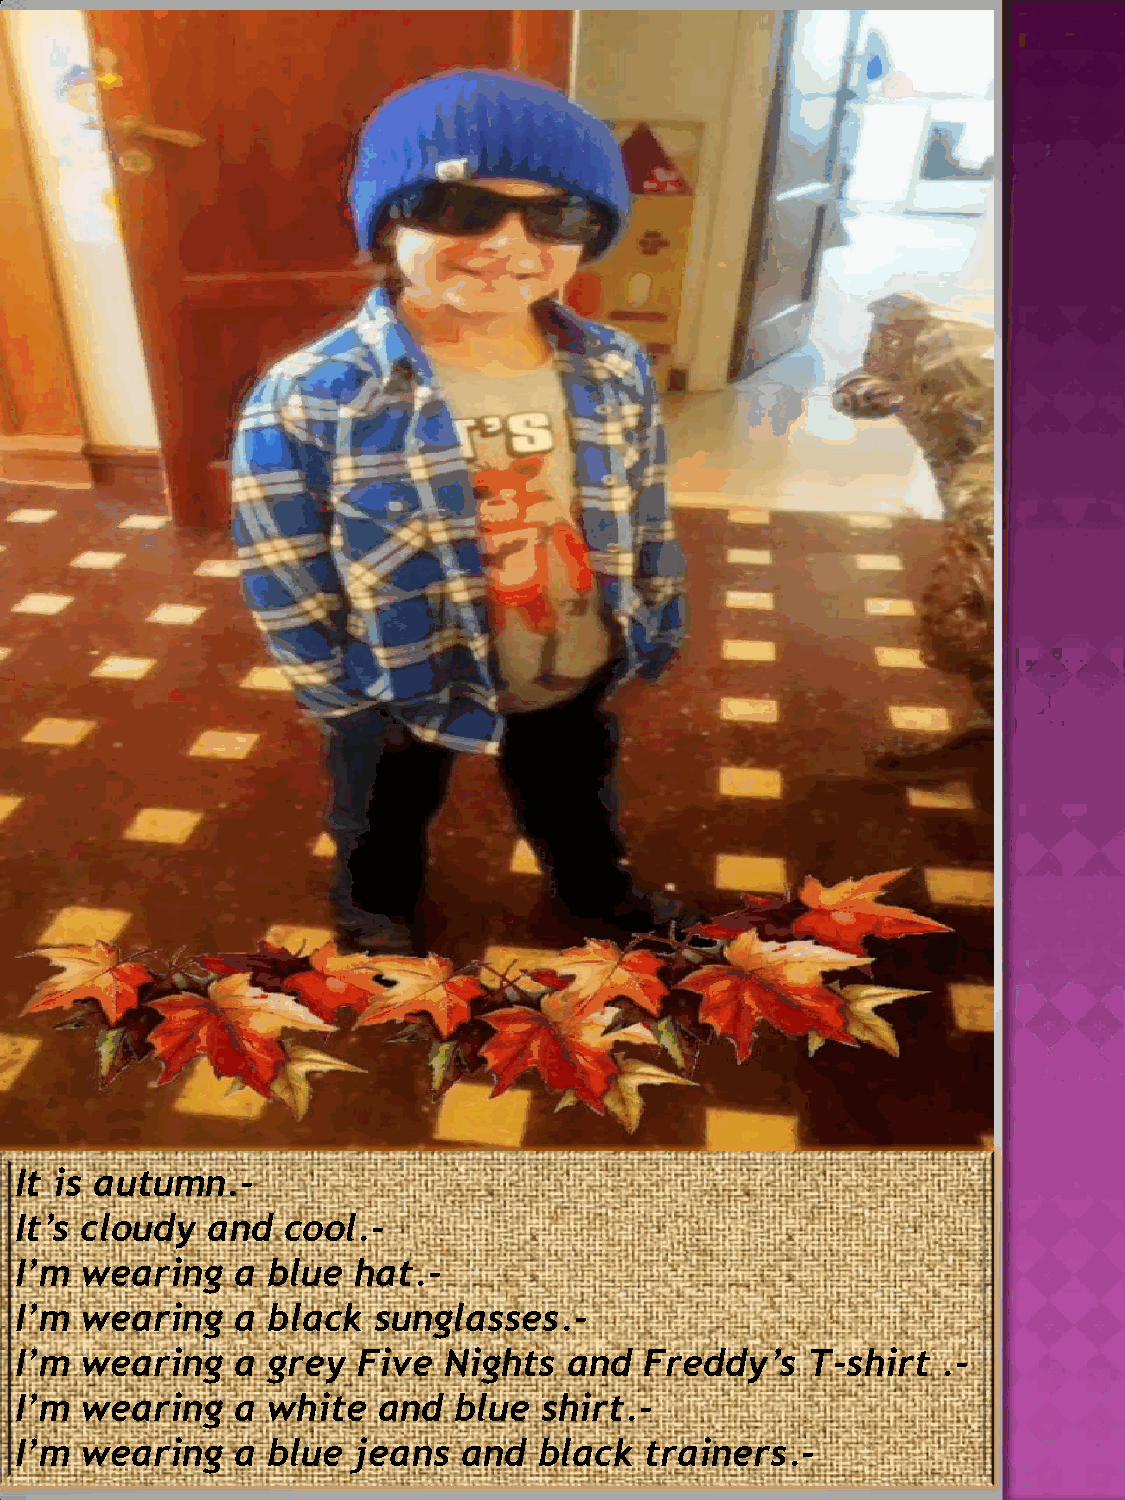
It is autumn.-
 It’s cloudy  and  cool.-
 I’m wearing    a blue hat.-
 I’m wearing    a black  sunglasses.-
 I’m wearing    a grey  Five Nights   and  Freddy’s  T-shirt  .-
 I’m wearing    a white  and  blue  shirt.-
 I’m wearing    a blue jeans   and  black  trainers.-